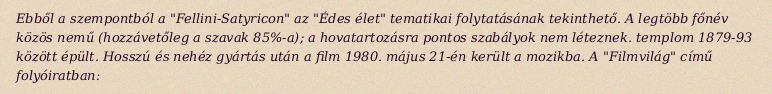
Ebből a szempontból a "Fellini-Satyricon" az "Édes élet" tematikai folytatásának tekinthető. A legtöbb főnév közös nemű (hozzávetőleg a szavak 85%-a); a hovatartozásra pontos szabályok nem léteznek. templom 1879-93 között épült. Hosszú és nehéz gyártás után a film 1980. május 21-én került a mozikba. A "Filmvilág" című folyóiratban: